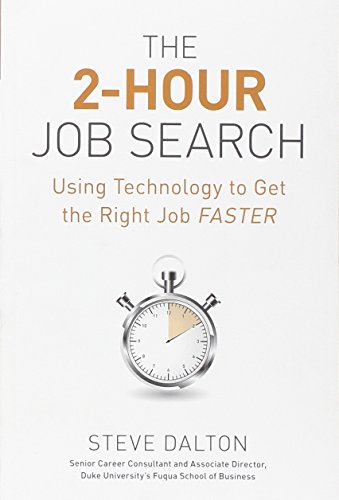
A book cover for The 2-Hour Job Search: Using Technology to Get the Right Job Faster; Steve Dalton; Business & Money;